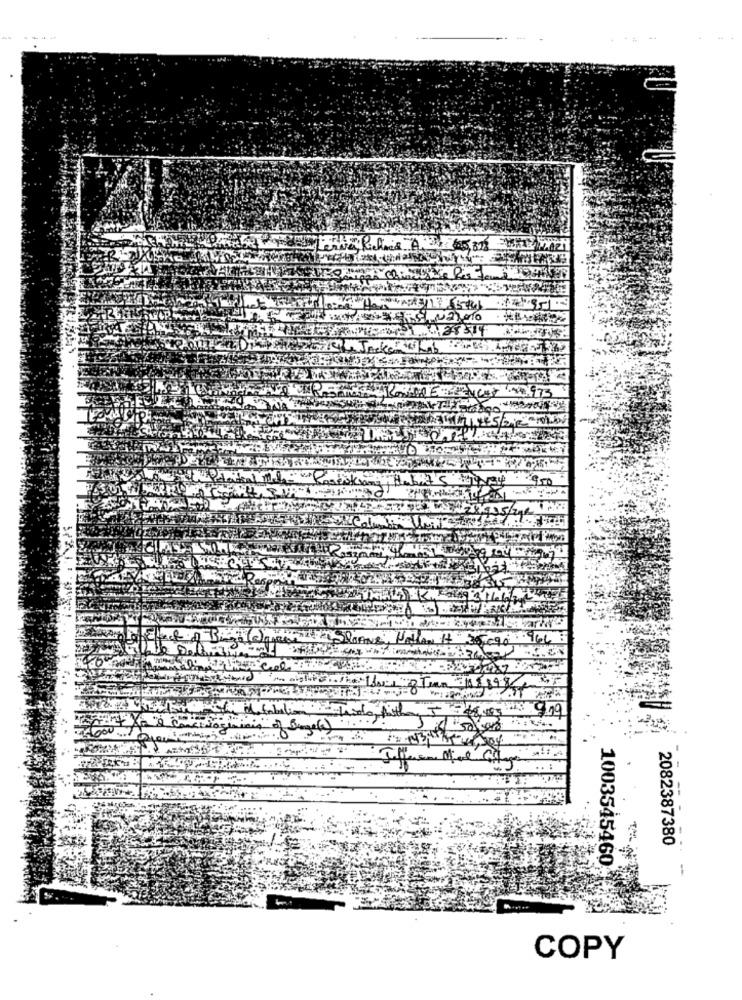
Na,eno
973
59
1000
2082387380
1003545460
-
COPY